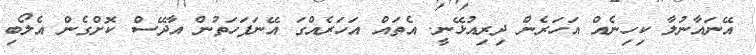
އޭނައާނުލާ ކިހިނެއް އަހަރެން ދިރިއުޅޭނީ. އެތައް އަހަރެއްގަ އޭނަފަހަތުން އާދޭސް ކޮށްގެން އެލޯބި